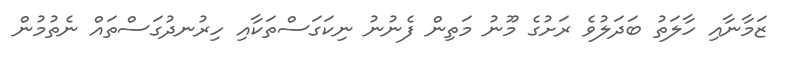
ޒަމާނާއި ހާލަތު ބަދަލުވެ ރަށުގެ މޫނު މަތިން ފެނުނު ނިކަގަސްތަކާއި ހިރުނދުގަސްތައް ނެތުމުން